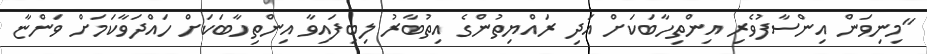
"މިނިވަން އިންސާފުވެރި އިންތިހާބަކަށް އަދި ރައްޔިތުންގެ އިތުބާރު ލިބިފައިވާ އިންތިހާބަކަށް ހައްދަވާކަމަށް ވަންޏާ